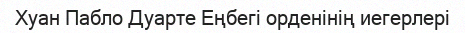
Хуан Пабло Дуарте Еңбегі орденінің иегерлері